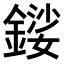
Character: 𨪍